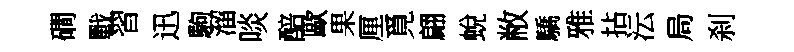
磵戰習迅駒溜啖醅歐果厘覓翩蛻敝驕雅拈沄局刹